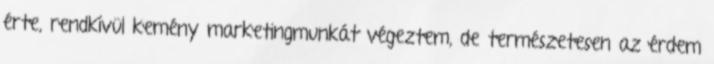
érte, rendkívül kemény marketingmunkát végeztem, de természetesen az érdem